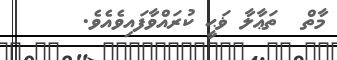
މާތް  ތަޢާލާ ޥަޙީ ކުރައްވާފައިވެއެވެ.